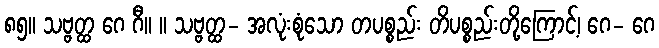
၈၅။ သဗ္ဗတ္ထ ဂေ ဂီ။ ။ သဗ္ဗတ္ထ- အလုံးစုံသော တပစ္စည်း တိပစ္စည်းတို့ကြောင့်၊ ဂေ- ဂေ